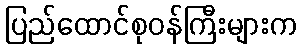
ပြည်ထောင်စုဝန်ကြီးများက